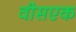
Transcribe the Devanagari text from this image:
वीसएक